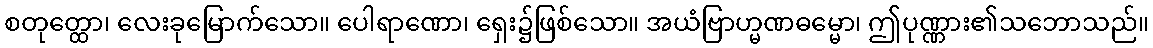
စတုတ္ထော၊ လေးခုမြောက်သော။ ပေါရာဏော၊ ရှေး၌ဖြစ်သော။ အယံဗြာဟ္မဏဓမ္မော၊ ဤပုဏ္ဏား၏သဘောသည်။